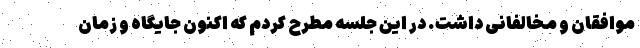
موافقان و مخالفانی داشت. در این جلسه مطرح کردم که اکنون جایگاه و زمان